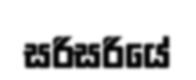
සරිසරියේ